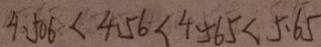
4 . 5 0 6 < 4 . 5 6 < 4 . 5 6 5 < 5 . 6 5